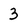
Character: 3